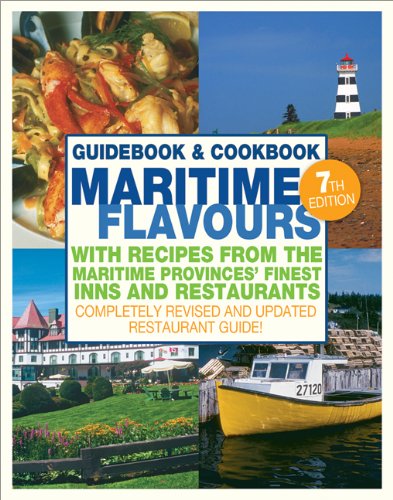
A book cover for Maritime Flavours: Guidebook and Cookbook, Seventh Edition; Elaine Elliot; Cookbooks, Food & Wine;